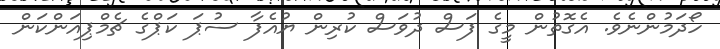
ހޯދަމުންނެވެ. އެގޮތުން މީގެ ފަސް ދުވަސް ކުރިން ޔުއެފާ ސުޕަ ކަޕްގެ ޗެމްޕިއަންކަން